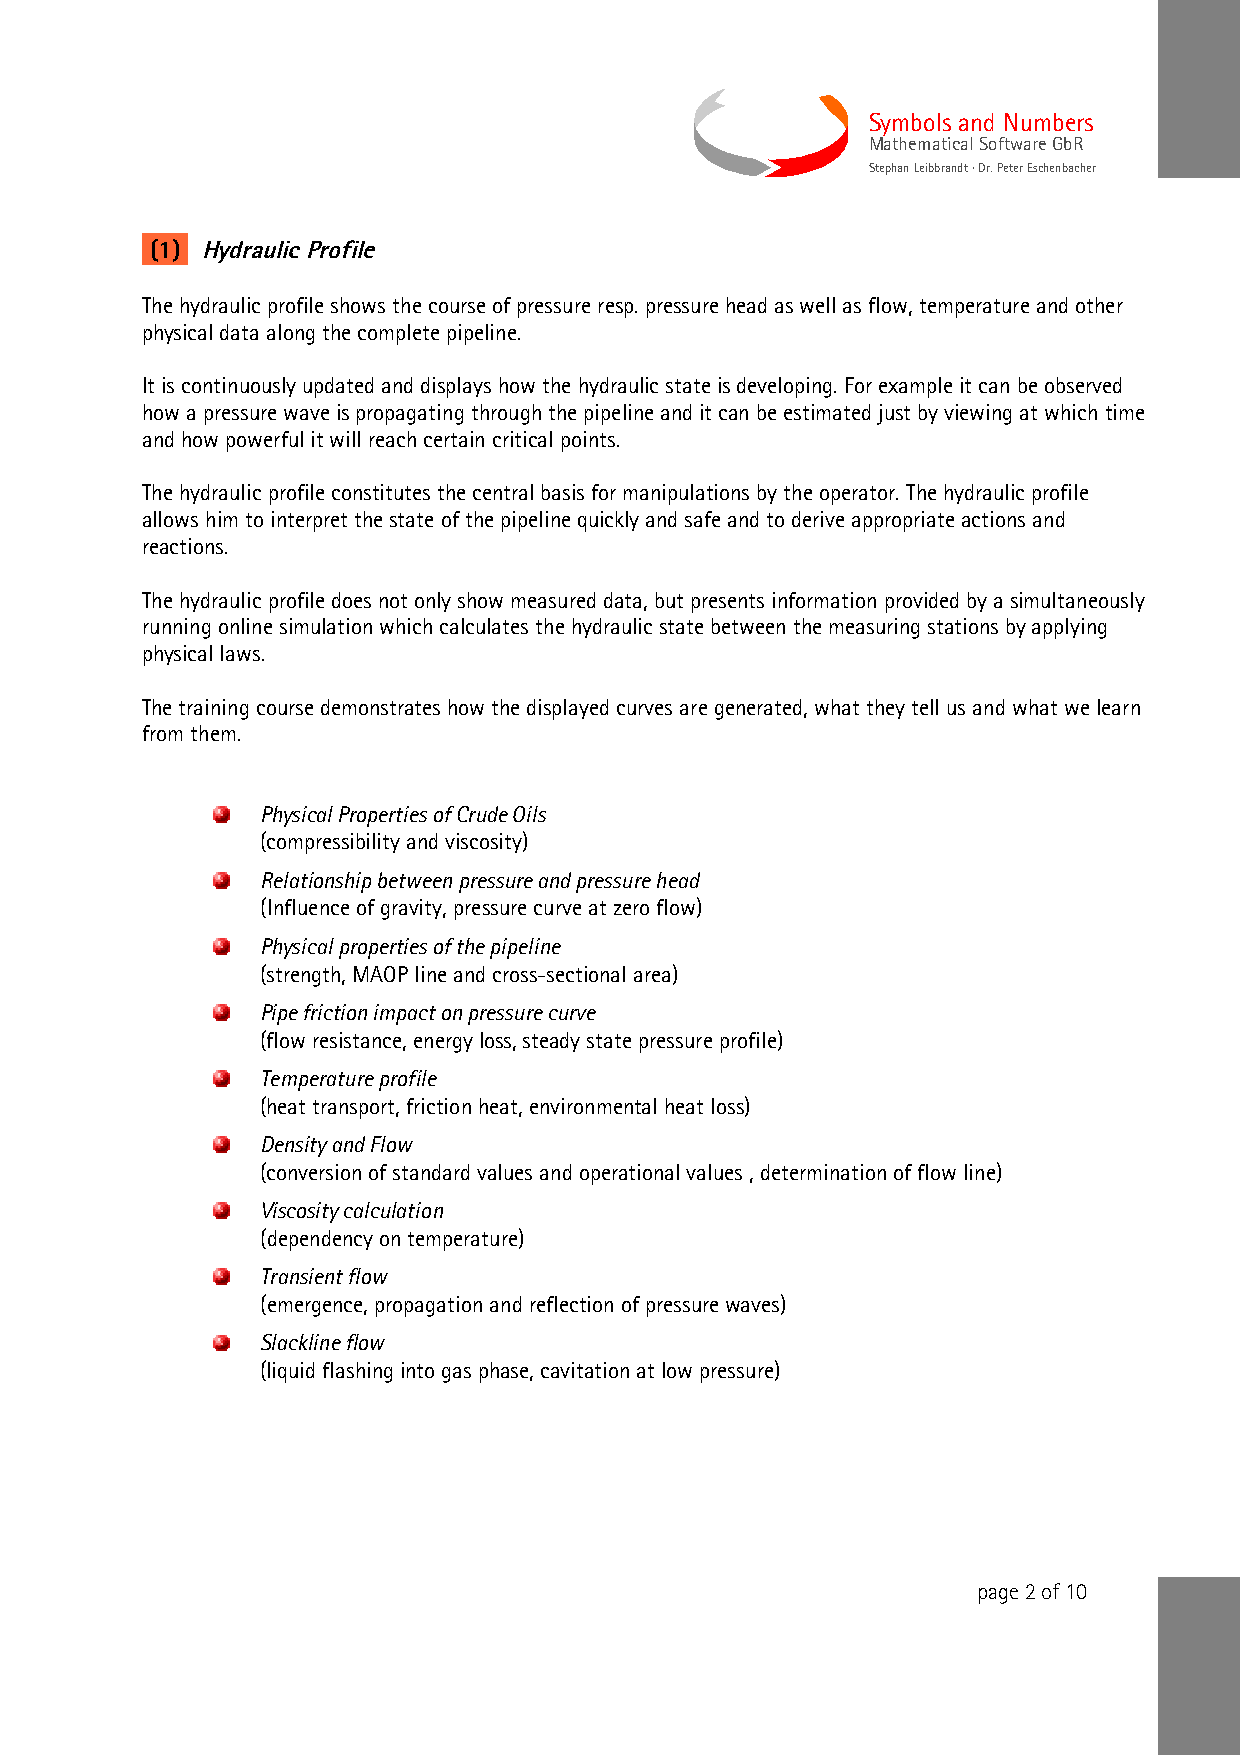
Symbols and Numbers
 Mathematical Software GbR
 Stephan Leibbrandt · Dr. Peter Eschenbacher
 (1) Hydraulic Profile
 The hydraulic profile shows the course of pressure resp. pressure head as well as flow, temperature and other
 physical data along the complete pipeline.
 It is continuously updated and displays how the hydraulic state is developing. For example it can be observed
 how a pressure wave is propagating through the pipeline and it can be estimated just by viewing at which time
 and how powerful it will reach certain critical points.
 The hydraulic profile constitutes the central basis for manipulations by the operator. The hydraulic profile
 allows him to interpret the state of the pipeline quickly and safe and to derive appropriate actions and
 reactions.
 The hydraulic profile does not only show measured data, but presents information provided by a simultaneously
 running online simulation which calculates the hydraulic state between the measuring stations by applying
 physical laws.
 The training course demonstrates how the displayed curves are generated, what they tell us and what we learn
 from them.
 Physical Properties of Crude Oils
 (compressibility and viscosity)
 Relationship between pressure and pressure head
 (Influence of gravity, pressure curve at zero flow)
 Physical properties of the pipeline
 (strength, MAOP line and cross-sectional area)
 Pipe friction impact on pressure curve
 (flow resistance, energy loss, steady state pressure profile)
 Temperature profile
 (heat transport, friction heat, environmental heat loss)
 Density and Flow
 (conversion of standard values and operational values , determination of flow line)
 Viscosity calculation
 (dependency on temperature)
 Transient flow
 (emergence, propagation and reflection of pressure waves)
 Slackline flow
 (liquid flashing into gas phase, cavitation at low pressure)
 page 2 of 10